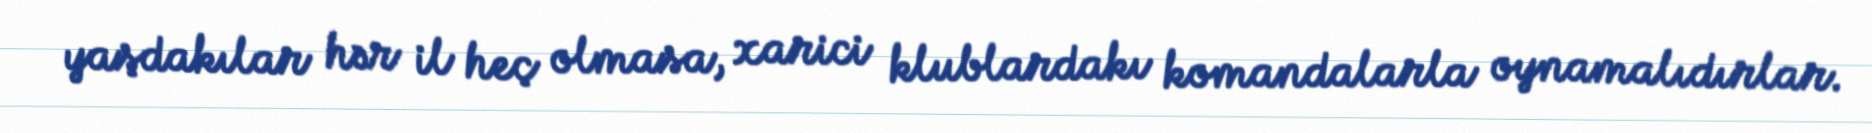
yaşdakılar hər il heç olmasa, xarici klublardakı komandalarla oynamalıdırlar.